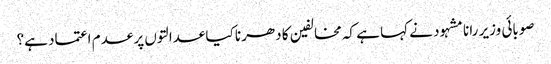
صوبائی وزیر رانا مشہود نے کہا ہے کہ مخالفین کا دھرنا کیا عدالتوں پر عدم اعتماد ہے؟